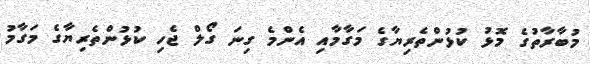
މުބާރާތުގެ މޮޅު ކުޅުންތެރިޔާގެ މަގާމާއި އެންމެ ގިނަ ގޯލް ޖެހި ކުޅުންތެރިޔާގެ މަގާމު